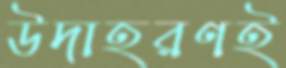
উদাহরণই